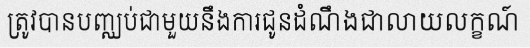
ត្រូវបានបញ្ឈប់ជាមួយនឹងការជូនដំណឹងជាលាយលក្ខណ៍